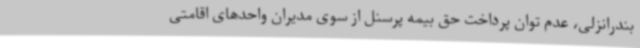
بندرانزلی، عدم توان پرداخت حق بیمه پرسنل از سوی مدیران واحدهای اقامتی